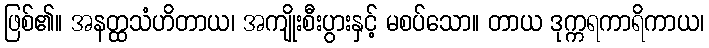
ဖြစ်၏။ အနတ္ထသံဟိတာယ၊ အကျိုးစီးပွားနှင့် မစပ်သော။ တာယ ဒုက္ကရကာရိကာယ၊